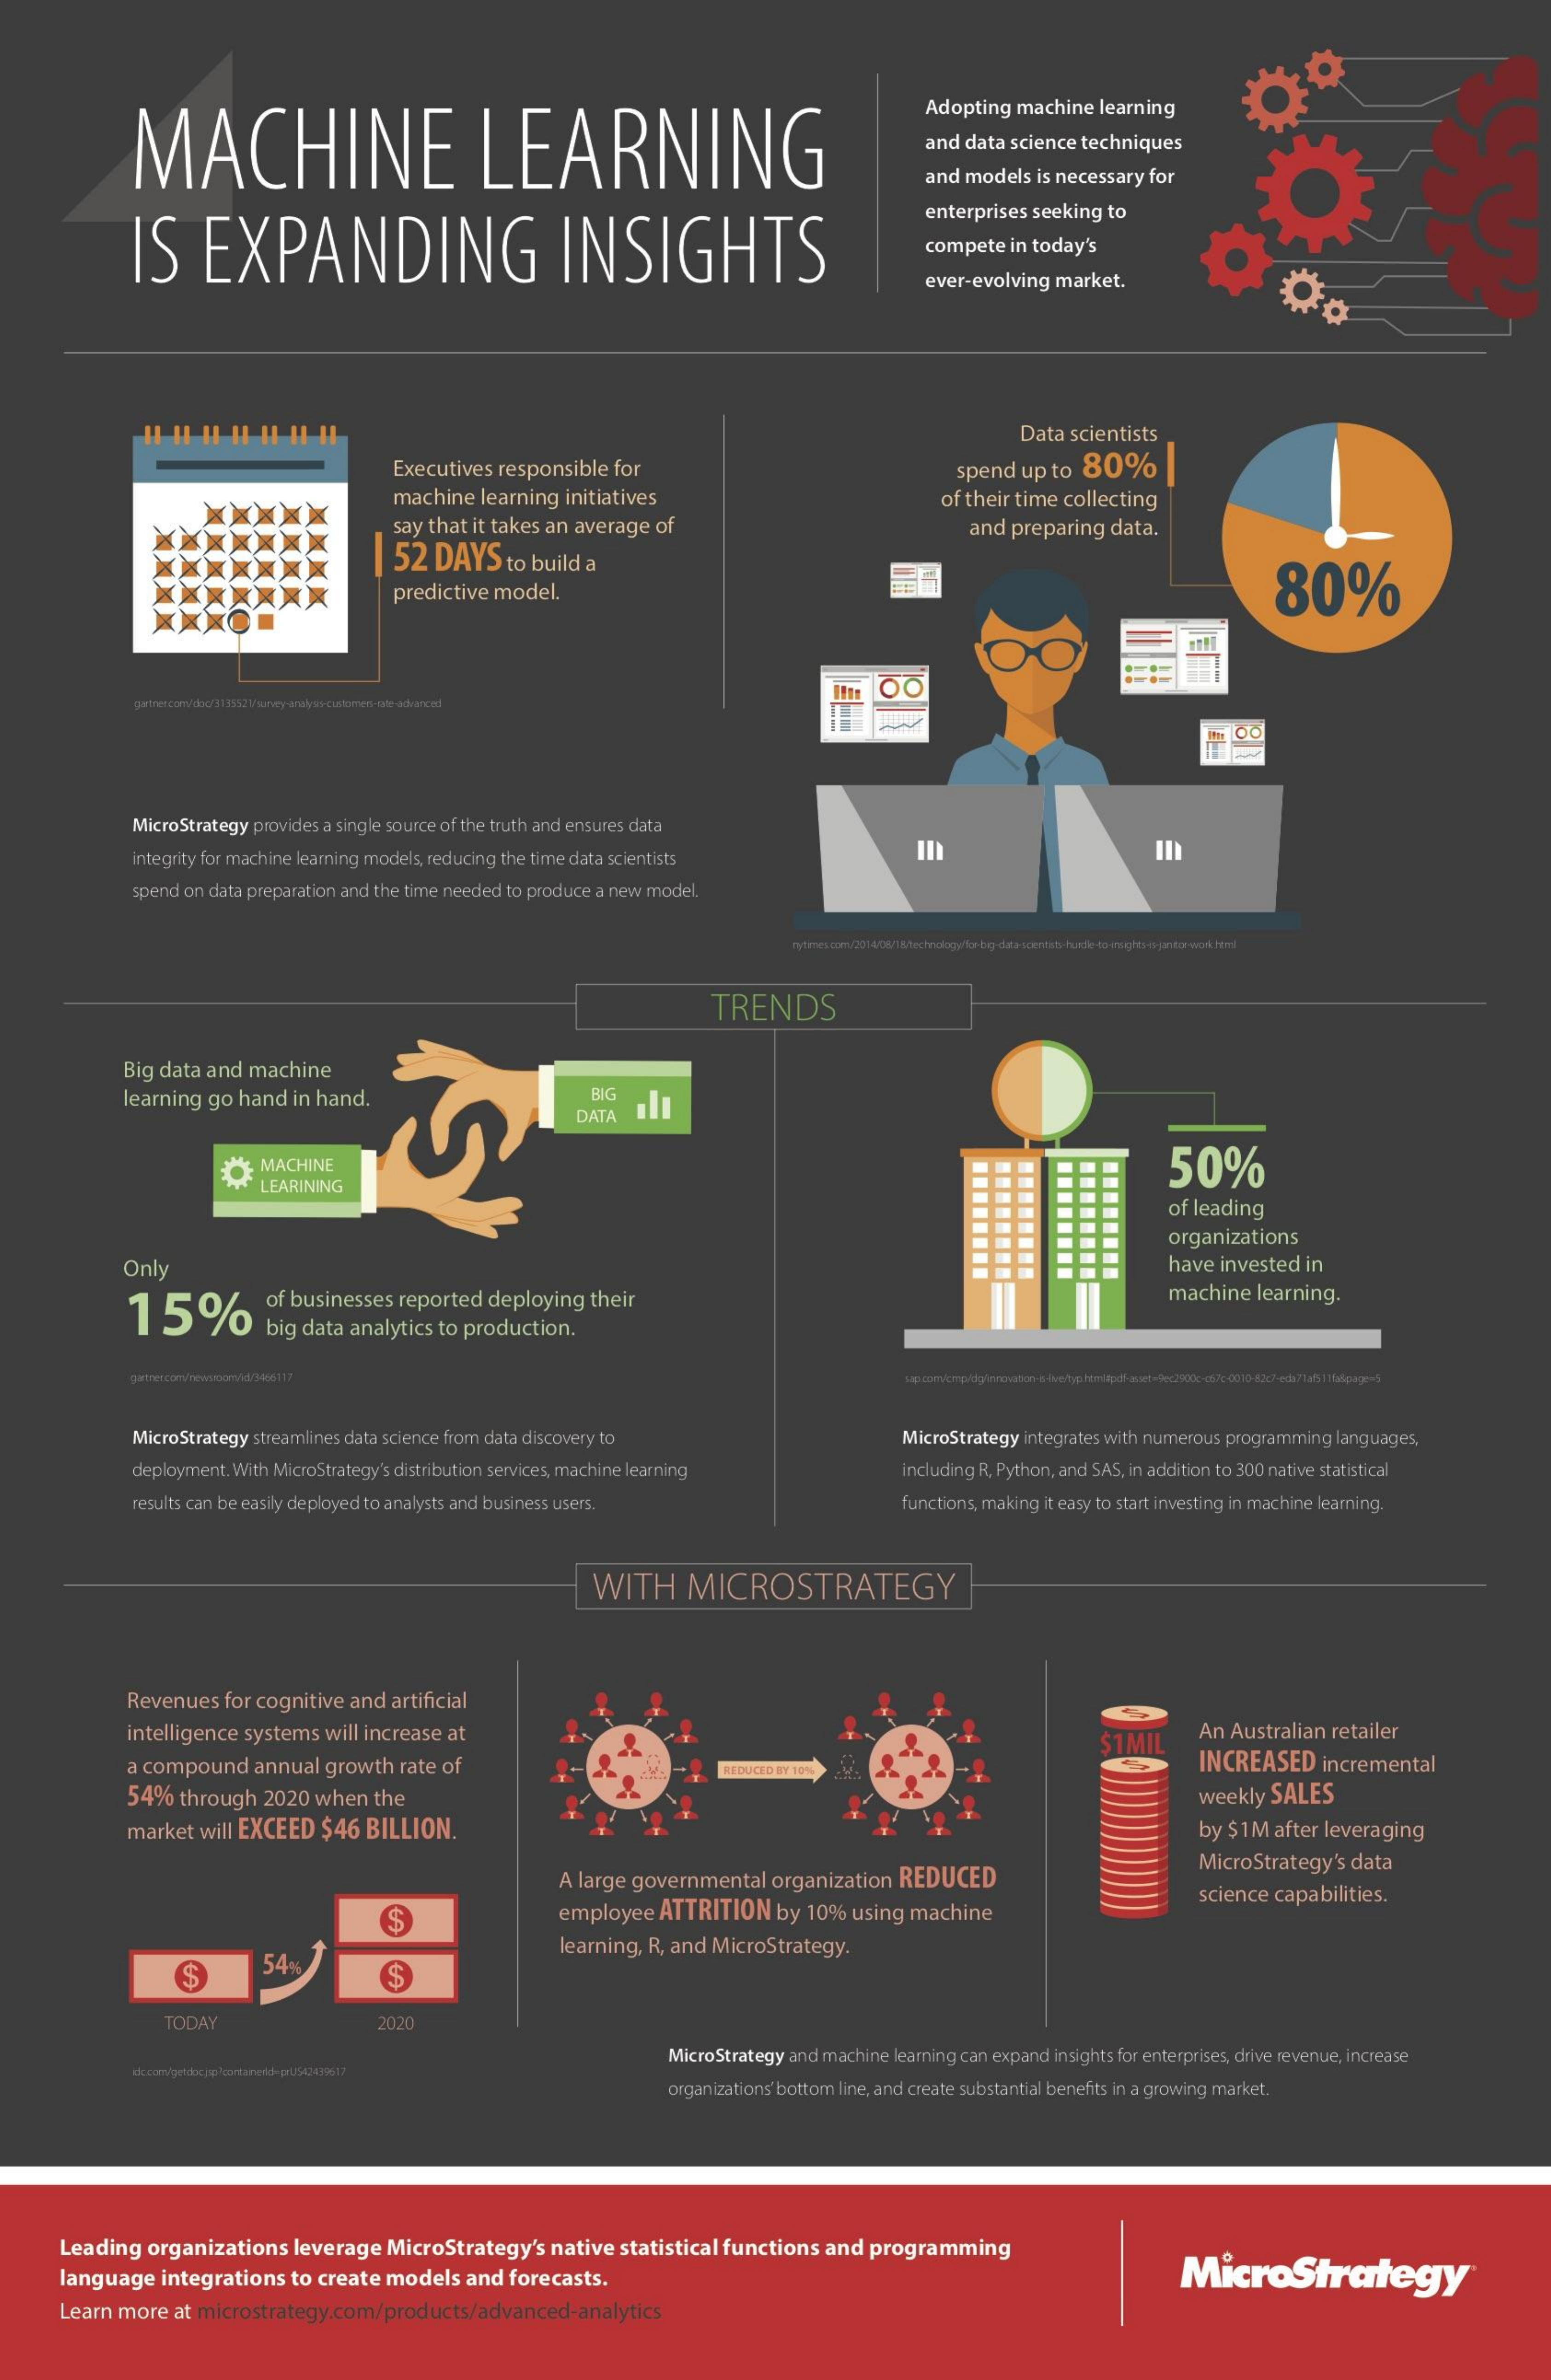
MACHINE    LEARNING
     Adopting machine learning
     and data science techniques
     and models is necessary for
     IS    EXPANDING    INSIGHTS
     enterprises seeking to
     compete in today's
     ever-evolving market.
     Data scientists
     Executives responsible for    spend up to  80%|
     machine  learning initiatives
     say that it takes an average of
     of their time collecting
     52  DAYS    to build a
     and preparing data.
     predictive model.    80%
     MicroStrategy provides a single source of the truth and ensures data
     integrity for machine learning models, reducing the time data scientists    In
     spend on data preparation and the time needed to produce a new model.
     TRENDS
     Big data and machine
     learning go hand in hand.    BIG
     DATA
     O  MACHINE    50%
     LEARINING
     of leading
     organizations
     Onl    have invested in
     15%
     of businesses reported deploying their    machine  learning.
     big data analytics to production.
     MicroStrategy streamlines data science from data discovery to    MicroStrategy integrates with numerous programming languages,
     deployment. With MicroStrategy's distribution services, machine learning   including R, Python, and SAS, in addition to 300 native statistical
     results can be easily deployed to analysts and business users.    functions, making it easy to start investing in machine learning.
     WITH    MICROSTRATEGY
     Revenues  for cognitive and artificial
     intelligence systems will increase at    An Australian retailer
     a compound  annual growth rate of
     $1MIL
     INCREASED   incremental REDUCED BY 10%
     54% through  2020 when  the    weekly SALES
     market will EXCEED $46 BILLION.    by $1M after leveraging
     A large governmental organization REDUCED
     MicroStrategy's data
     employee ATTRITION   by 10% using machine
     science capabilities.
     $
     learning, R, and MicroStrategy.
     $
     54
     $
     TODAY    2020
     MicroStrategy and machine learning can expand insights for enterprises, drive revenue, increase
     organizations' bottom line, and create substantial benefits in a growing market.
     Leading organizations  leverage MicroStrategy's native statistical functions and programming
     language  integrations to create models and forecasts.    MicroStrategy
     Learn more at microstrategy.com/products/advanced-analytics